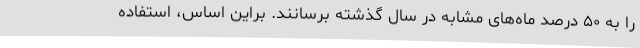
را به ۵۰ درصد ماه‌های مشابه در سال گذشته برسانند. براین اساس، استفاده